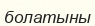
болатыны